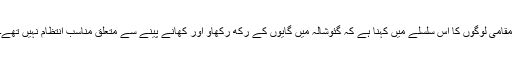
مقامی لوگوں کا اس سلسلے میں کہنا ہے کہ گئوشالہ میں گایوں کے رکھ رکھاؤ اور کھانے پینے سے متعلق مناسب انتظام نہیں تھے۔